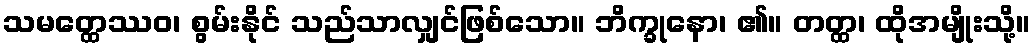
သမတ္ထေဿဝ၊ စွမ်းနိုင် သည်သာလျှင်ဖြစ်သော။ ဘိက္ခုနော၊ ၏။ တတ္ထ၊ ထိုအမျိုးသို့။